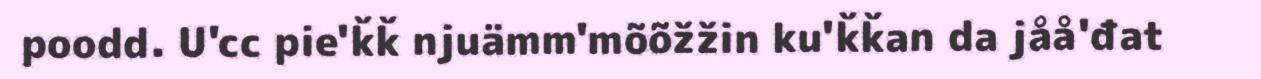
poodd. U'cc pie'ǩǩ njuämm'mõõžžin ku'ǩǩan da jåå'đat